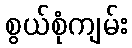
စွယ်စုံကျမ်း